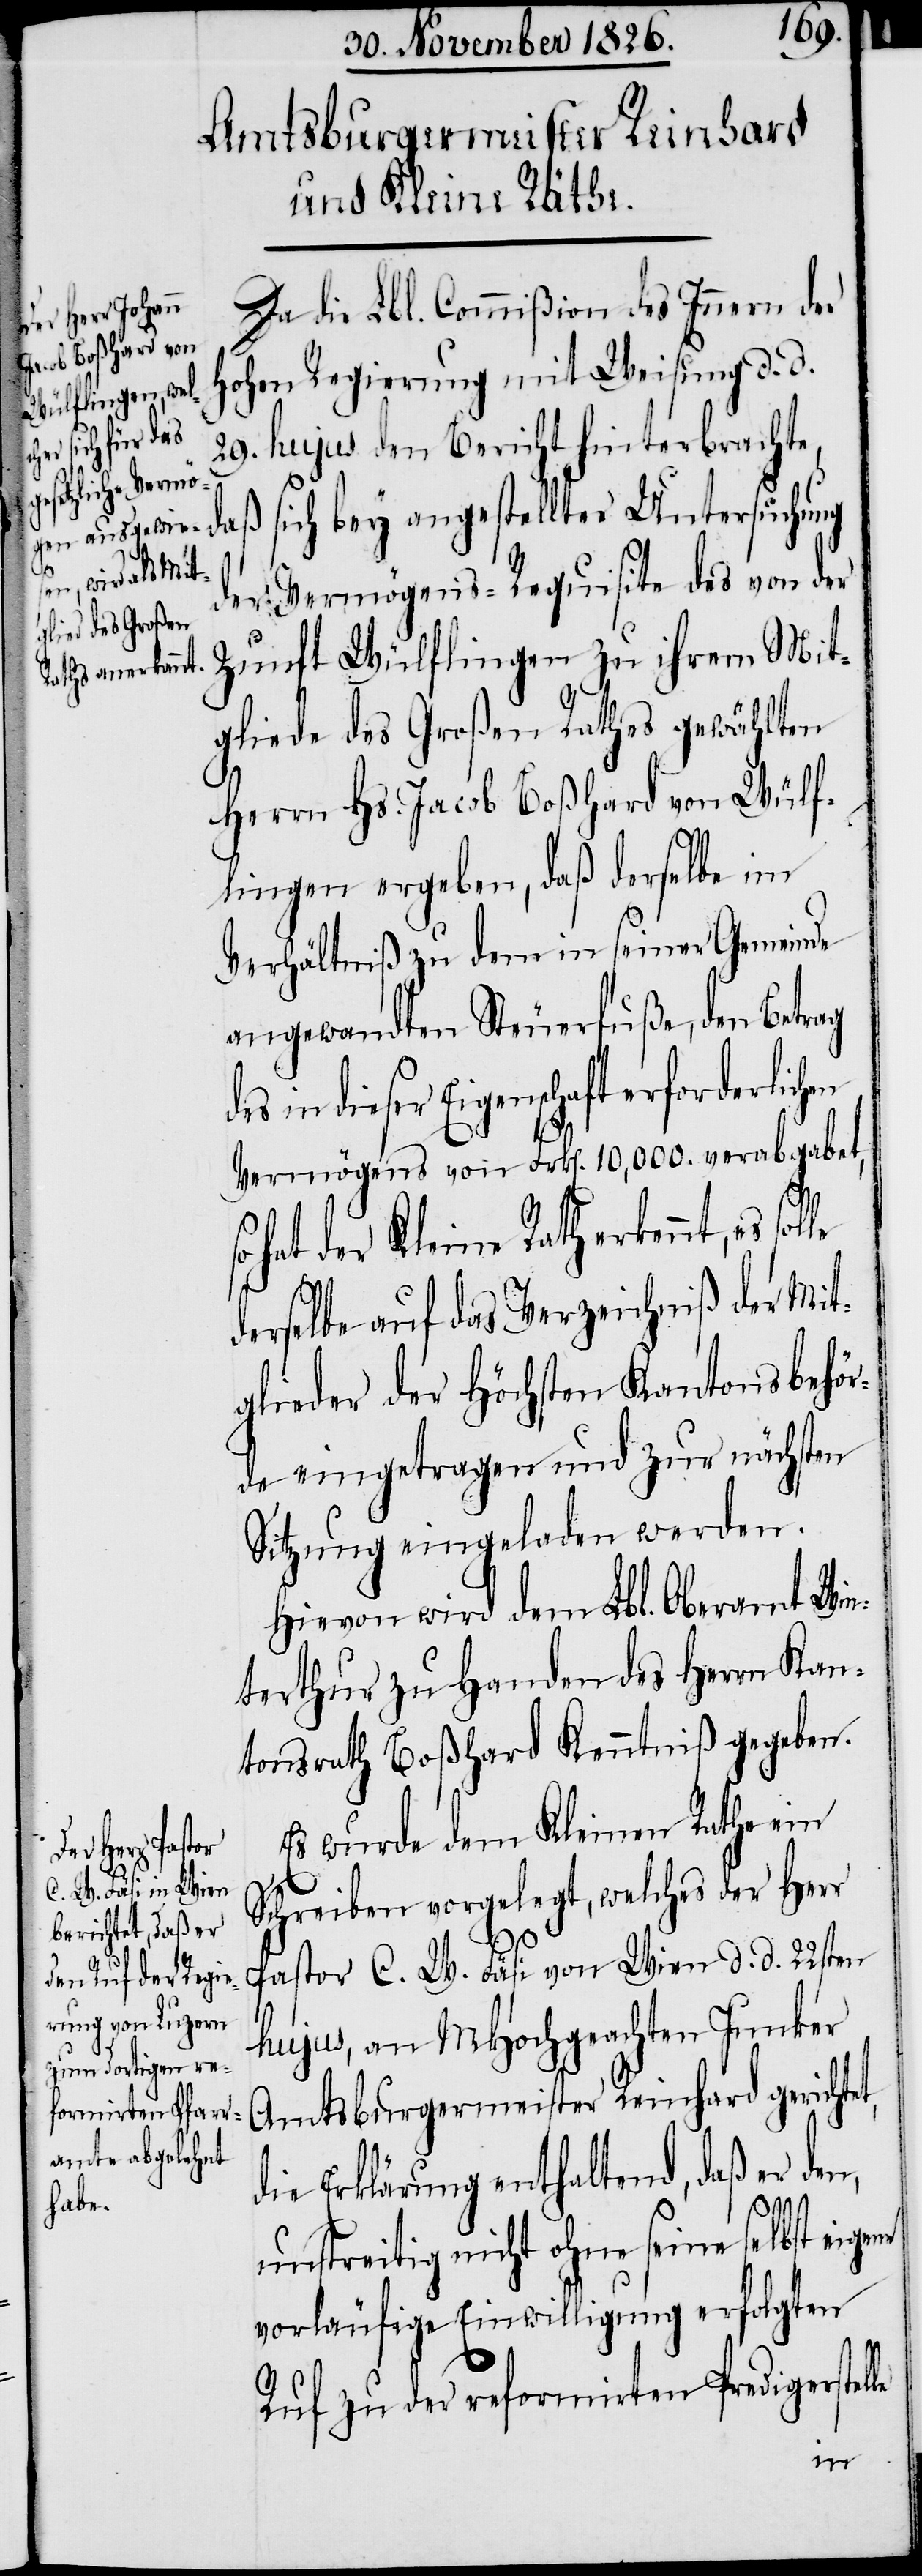
t,

Da die Lbl. Commißion des Innern der
hohen Regierung mit Weisung d. d.
29. hujus den Bericht hinterbrachte,
daß sich bey angestellter Untersuchung
der Vermögens-Requisite des von der
Zunft Wülflingen zu ihrem Mit¬
gliede des Großen Rathes gewählten
Herrn Hs. Jacob Boßhard von Wülf¬
lingen ergeben, daß derselbe im
Verhältniß zu dem in seiner Gemeinde
angewandten Steuerfuße, den Betrag
in dieser Eigenschaft erforderlich¬
Vermögens von Frk[en]. 10,000. verabgabet,
hat der Kleine Rath erkennt, es
derselbe auf das Verzeichniß der Mit¬
glieder der höchsten Kantonsbehör¬
de eingetragen und zur nächsten
Sitzung eingeladen werden.
Hievon wird dem Lbl. Oberamt Win¬
terthur zu Handen des Herrn Kan¬
tonsrath Boßhard Kenntniß gegeben.
Es wurde dem Kleinen Rathe ein
Schreiben vorgelegt, welches der Herr
Pastor C. W. Fäsi von Wien d. d. 22sten
hujus, an MHochgeachten Junker
Amtsburgermeister Reinhard gerichte¬
die Erklärung enthaltend, daß er den,
unstreitig nicht ohne seine selbst eig¬
vorläufige Einwilligung erfolgten
Ruf zu der reformirten Predigerstel¬
le